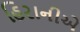
હિરાનીએ